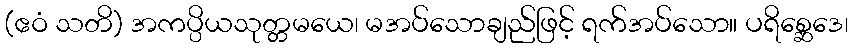
(ဧဝံ သတိ) အကပ္ပိယသုတ္တမယေ၊ မအပ်သောချည်ဖြင့် ရက်အပ်သော။ ပရိစ္ဆေဒေ၊